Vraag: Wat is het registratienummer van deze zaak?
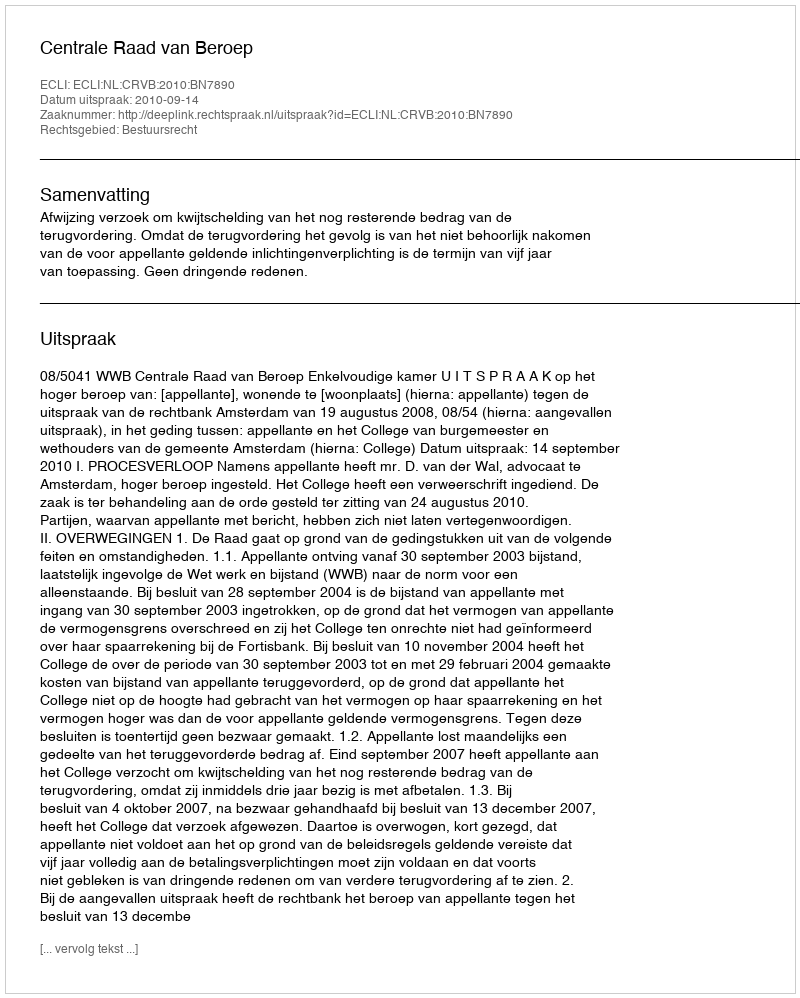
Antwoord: http://deeplink.rechtspraak.nl/uitspraak?id=ECLI:NL:CRVB:2010:BN7890